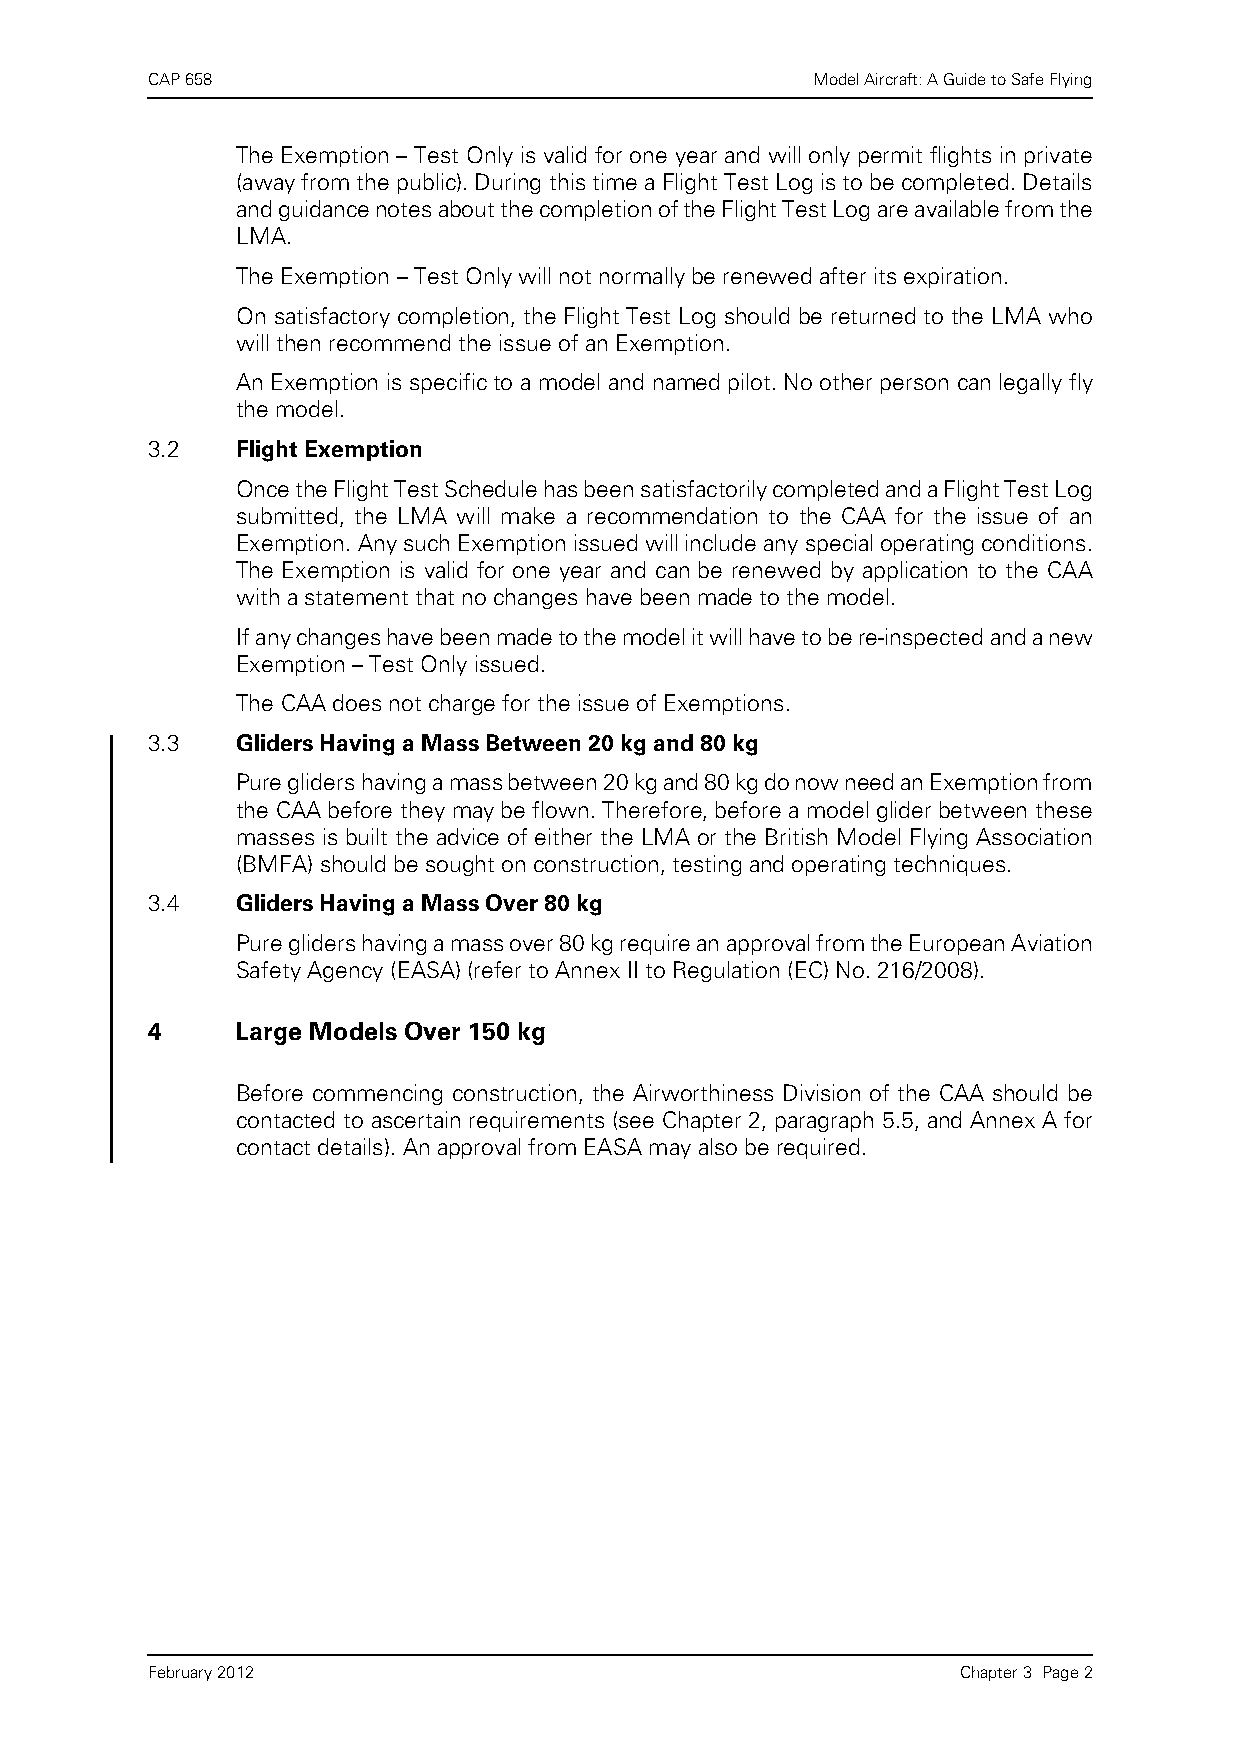
CAP 658                                     Model Aircraft: A Guide to Safe Flying
 The Exemption – Test Only is valid for one year and will only permit flights in private
 (away from the public). During this time a Flight Test Log is to be completed. Details
 and guidance notes about the completion of the Flight Test Log are available from the
 LMA.
 The Exemption – Test Only will not normally be renewed after its expiration.
 On satisfactory completion, the Flight Test Log should be returned to the LMA who
 will then recommend the issue of an Exemption.
 An Exemption is specific to a model and named pilot. No other person can legally fly
 the model.
 3.2   Flight Exemption
 Once the Flight Test Schedule has been satisfactorily completed and a Flight Test Log
 submitted, the LMA will make a recommendation to the CAA for the issue of an
 Exemption. Any such Exemption issued will include any special operating conditions.
 The Exemption is valid for one year and can be renewed by application to the CAA
 with a statement that no changes have been made to the model.
 If any changes have been made to the model it will have to be re-inspected and a new
 Exemption – Test Only issued.
 The CAA does not charge for the issue of Exemptions.
 3.3   Gliders Having a Mass Between 20 kg and 80 kg
 Pure gliders having a mass between 20 kg and 80 kg do now need an Exemption from
 the CAA before they may be flown. Therefore, before a model glider between these
 masses is built the advice of either the LMA or the British Model Flying Association
 (BMFA) should be sought on construction, testing and operating techniques.
 3.4   Gliders Having a Mass Over 80 kg
 Pure gliders having a mass over 80 kg require an approval from the European Aviation
 Safety Agency (EASA) (refer to Annex II to Regulation (EC) No. 216/2008).
 4     Large Models Over 150 kg
 Before commencing construction, the Airworthiness Division of the CAA should be
 contacted to ascertain requirements (see Chapter 2, paragraph 5.5, and Annex A for
 contact details). An approval from EASA may also be required.
 February 2012                                         Chapter 3 Page 2